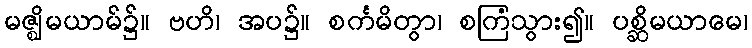
မဇ္ဈိမယာမ်၌။ ဗဟိ၊ အပ၌။ စင်္ကမိတွာ၊ စကြံသွား၍။ ပစ္ဆိမယာမေ၊